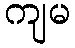
ကျမ